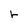
Character: r